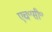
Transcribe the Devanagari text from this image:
एच॰सी॰